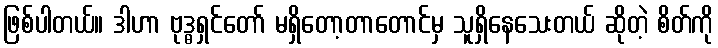
ဖြစ်ပါတယ်။ ဒါဟာ ဗုဒ္ဓရှင်တော် မရှိတော့တာတောင်မှ သူရှိနေသေးတယ် ဆိုတဲ့ စိတ်ကို